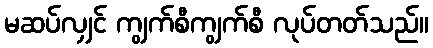
မဆပ်လျှင် ကျွက်စီကျွက်စီ လုပ်တတ်သည်။